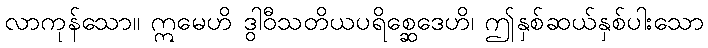
လာကုန်သော။ ဣမေဟိ ဒွါဝီသတိယပရိစ္ဆေဒေဟိ၊ ဤနှစ်ဆယ်နှစ်ပါးသော